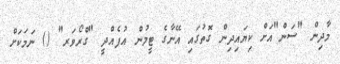
މާދިން "ސަން"އަށް ކިޔައިދިން ގޮތުގައި އޭނާގެ ޓީމުން އުފެއްދީ "ގްރޯވަރ" () ނަމަކަށް